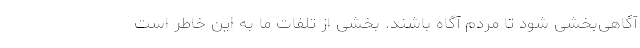
آگاهی‌بخشی شود تا مردم آگاه باشند. بخشی از تلفات ما به این خاطر است